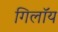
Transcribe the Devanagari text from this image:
गिलॉय